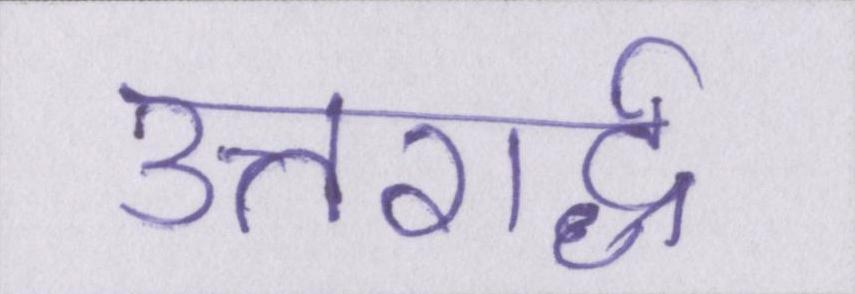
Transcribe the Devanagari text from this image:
उत्तरार्द्ध